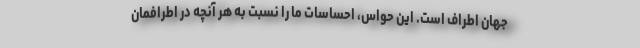
جهان اطراف است. این حواس، احساسات ما را نسبت به هر آنچه در اطرافمان